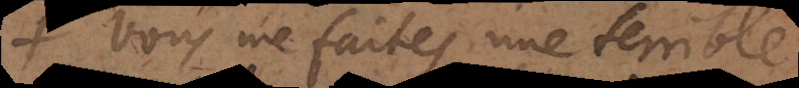
Vous me faites une terrible